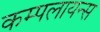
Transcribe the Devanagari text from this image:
कम्पलायन्स